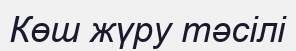
Көш жүру тәсілі